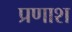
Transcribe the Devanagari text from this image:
प्रणाश